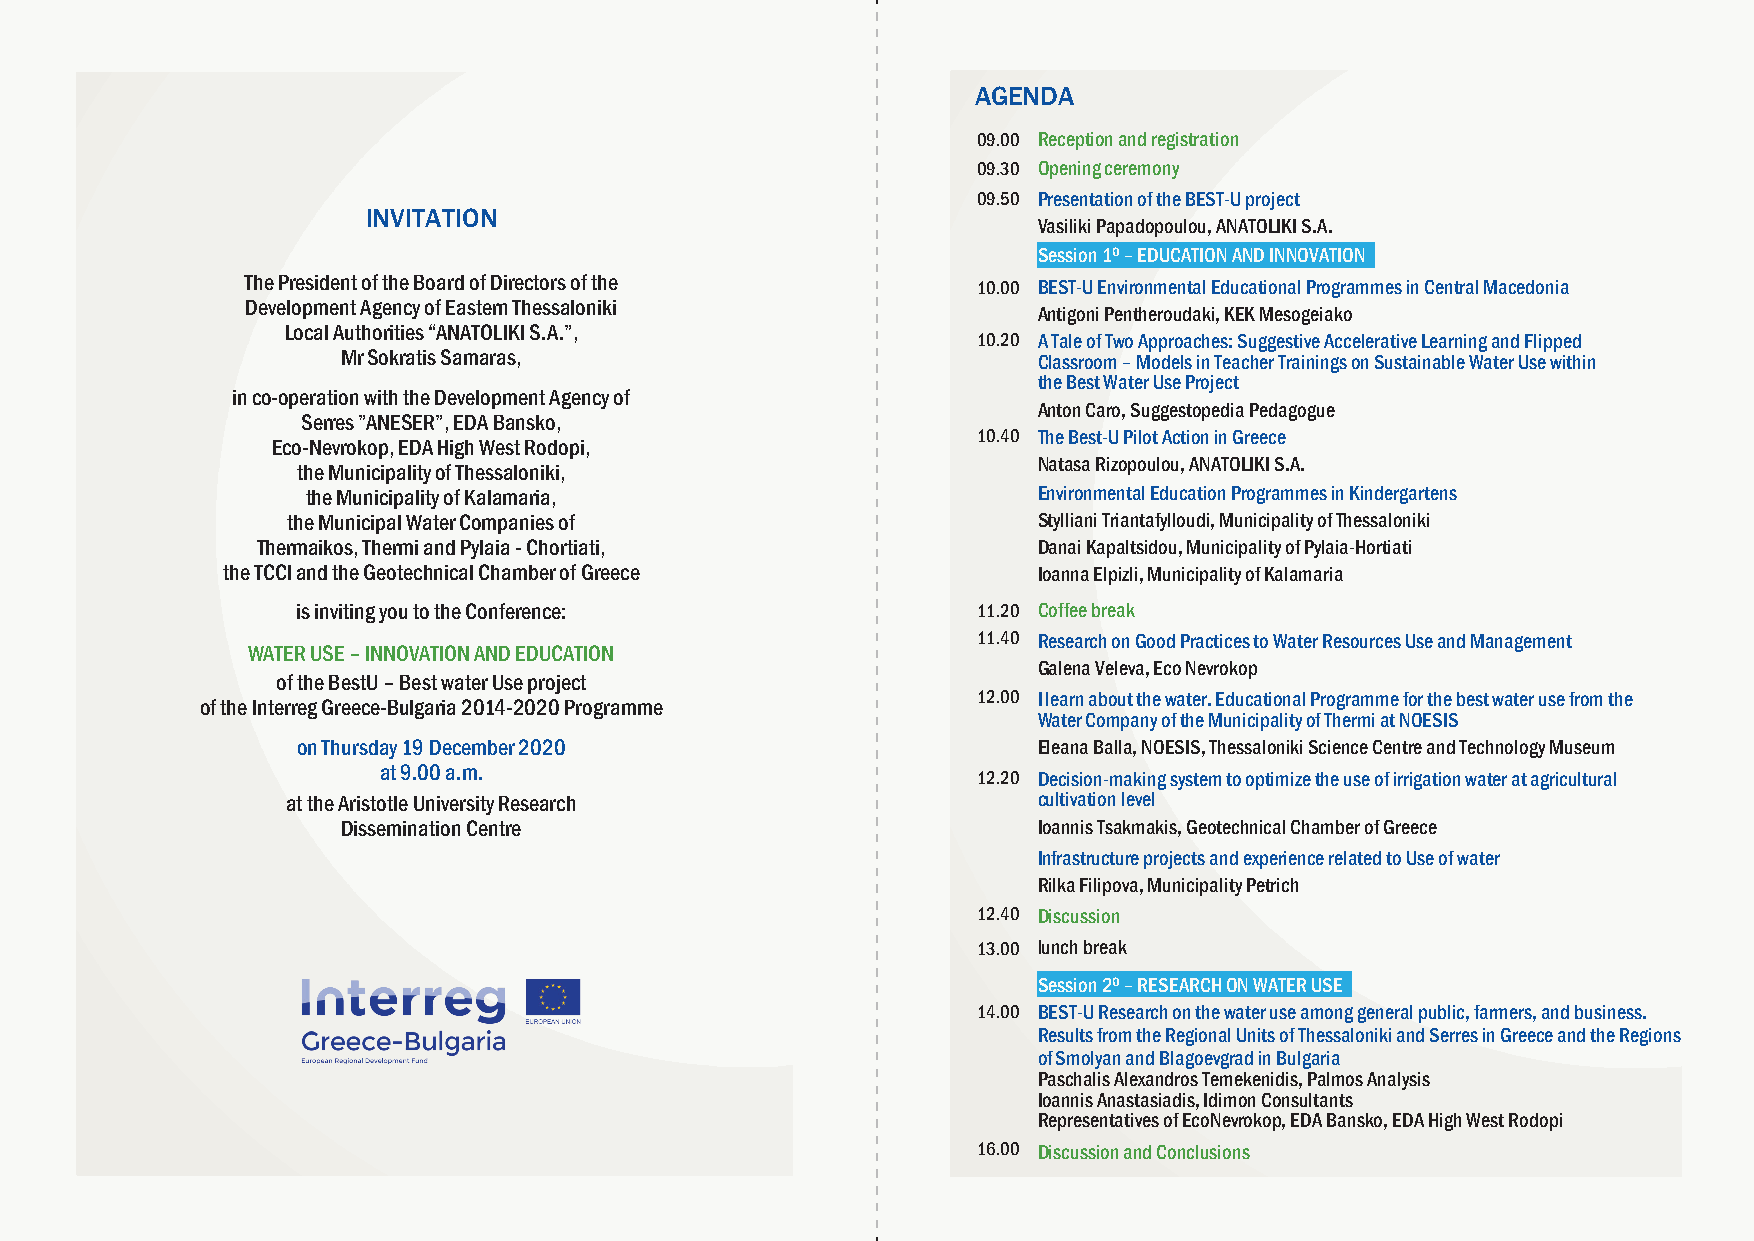
AGENDA
 09.00 Reception and registration
 09.30 Opening ceremony
 09.50 Presentation of the BEST-U project
 INVITATION
 Vasiliki Papadopoulou, ANATOLIKI S.A.
 Session 1ο – EDUCATION AND INNOVATION
 The President of the Board of Directors of the   10.00 BEST-U Environmental Educational Programmes in Central Macedonia
 Development Agency of Eastern Thessaloniki
 Antigoni Pentheroudaki, KEK Mesogeiako
 Local Authorities “ANATOLIKI S.A.”,
 10.20 A Tale of Two Approaches: Suggestive Accelerative Learning and Flipped
 Mr Sokratis Samaras,                          Classroom – Models in Teacher Trainings on Sustainable Water Use within
 the Best Water Use Project
 in co-operation with the Development Agency of
 Anton Caro, Suggestopedia Pedagogue
 Serres ”ANESER”, EDA Bansko,
 10.40 The Best-U Pilot Action in Greece
 Eco-Nevrokop, EDA High West Rodopi,
 Natasa Rizopoulou, ANATOLIKI S.A.
 the Municipality of Thessaloniki,
 the Municipality of Kalamaria,                   Environmental Education Programmes in Kindergartens
 the Municipal Water Companies of                  Stylliani Triantafylloudi, Municipality of Thessaloniki
 Thermaikos, Thermi and Pylaia - Chortiati,          Danai Kapaltsidou, Municipality of Pylaia-Hortiati
 the TCCI and the Geotechnical Chamber of Greece       Ιoanna Elpizli, Municipality of Kalamaria
 is inviting you to the Conference:           11.20 Coffee break
 11.40 Research on Good Practices to Water Resources Use and Management
 WATER USE – INNOVATION AND EDUCATION
 Galena Veleva, Eco Nevrokop
 of the BestU – Best water Use project
 12.00 I learn about the water. Educational Programme for the best water use from the
 of the Interreg Greece-Bulgaria 2014-2020 Programme
 Water Company of the Municipality of Thermi at NOESIS
 on Thursday 19 December 2020                     Eleana Balla, NOESIS, Thessaloniki Science Centre and Technology Museum
 at 9.00 a.m.
 12.20 Decision-making system to optimize the use of irrigation water at agricultural
 at the Aristotle University Research              cultivation level
 Dissemination Centre                          Ioannis Tsakmakis, Geotechnical Chamber of Greece
 Infrastructure projects and experience related to Use of water
 Rilka Filipova, Municipality Petrich
 12.40 Discussion
 13.00 lunch break
 Session 2ο – RESEARCH ON WATER USE
 14.00 BEST-U Research on the water use among general public, farmers, and business.
 Results from the Regional Units of Thessaloniki and Serres in Greece and the Regions
 of Smolyan and Blagoevgrad in Bulgaria
 Paschalis Alexandros Temekenidis, Palmos Analysis
 Ioannis Anastasiadis, Idimon Consultants
 Representatives of EcoNevrokop, EDA Bansko, EDA High West Rodopi
 16.00 Discussion and Conclusions